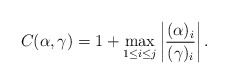
\begin{align*}C(\alpha,\gamma)=1+\max_{1\leq i\leq j}\left|\frac{(\alpha)_{i}}{(\gamma)_{i}}\right|.\end{align*}